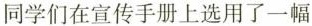
同学们在宣传手册上选用了一幅